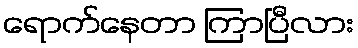
ရောက်နေတာ ကြာပြီလား